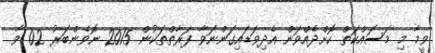
ވީމާ މި މަސައްކަތް ކޮށްދެއްވަން އެދިވަޑައިގަންނަވާ ފަރާތްތަކުން 2015 ނޮވެންބަރު 02 ވާ